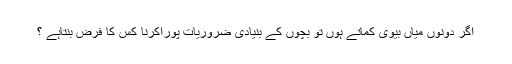
اگر دونوں میاں بیوی کماتے ہوں تو بچوں کے بنیادی ضروریات پوراکرنا کس کا فرض بنتاہے ؟